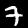
Digit: 7